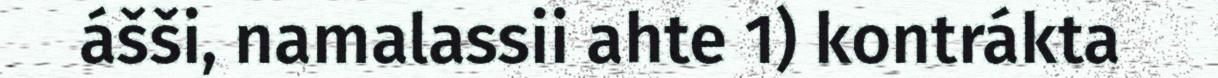
ášši, namalassii ahte 1) kontrákta